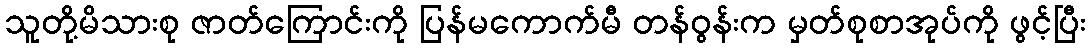
သူတို့မိသားစု ဇာတ်ကြောင်းကို ပြန်မကောက်မီ တန်ဝွန်းက မှတ်စုစာအုပ်ကို ဖွင့်ပြီး